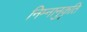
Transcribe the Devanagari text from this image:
निम्नानुकृति